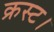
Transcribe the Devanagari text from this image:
क्रस्ट।